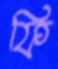
ফি